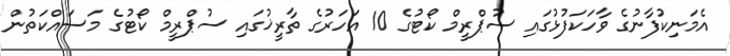
އެމަނިކުފާނުގެ ވާހަކަފުޅުގައި ސުޕްރީމް ކޯޓުގެ 10 އަހަރުގެ ތާރީޚުގައި ސުޕްރީމް ކޯޓުގެ މަސައްކަތުން